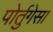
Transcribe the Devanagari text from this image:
पोर्तुगेसा